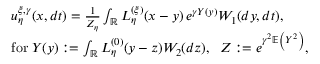
\begin{array} { r l } & { u _ { \eta } ^ { \xi , \gamma } ( x , d t ) = \frac { 1 } { Z _ { \eta } } \int _ { \mathbb R } L _ { \eta } ^ { ( \xi ) } ( x - y ) \, e ^ { \gamma Y ( y ) } W _ { 1 } ( d y , d t ) , } \\ & { \mathrm { f o r } \; Y ( y ) : = \int _ { \mathbb R } L _ { \eta } ^ { ( 0 ) } ( y - z ) W _ { 2 } ( d z ) , \; \; Z : = e ^ { \gamma ^ { 2 } \mathbb E \left( { Y ^ { 2 } } \right) } , } \end{array}